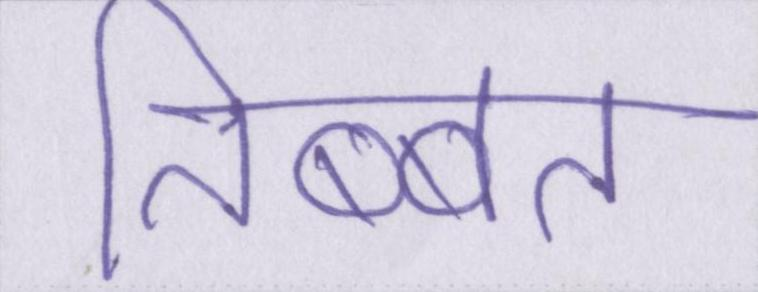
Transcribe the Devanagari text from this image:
तिब्बत